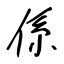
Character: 係